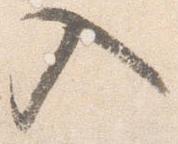
入